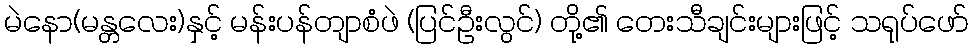
မဲနော(မန္တလေး)နှင့် မန်းပန်တျာစံဖဲ (ပြင်ဦးလွင်) တို့၏ တေးသီချင်းများဖြင့် သရုပ်ဖော်